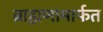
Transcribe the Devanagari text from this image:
ब्राह्मणामार्फत